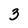
Character: 3